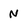
Character: N